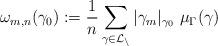
LaTeX: \begin{align*}\omega_{m,n}(\gamma_0) := \frac{1}{n} \sum_{\gamma \in \cal L_n} |\gamma_m|_{\gamma_0} \,\, \mu_\Gamma(\gamma)\end{align*}